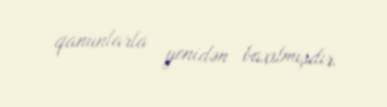
qanunlarla yenidən baxılmışdır.